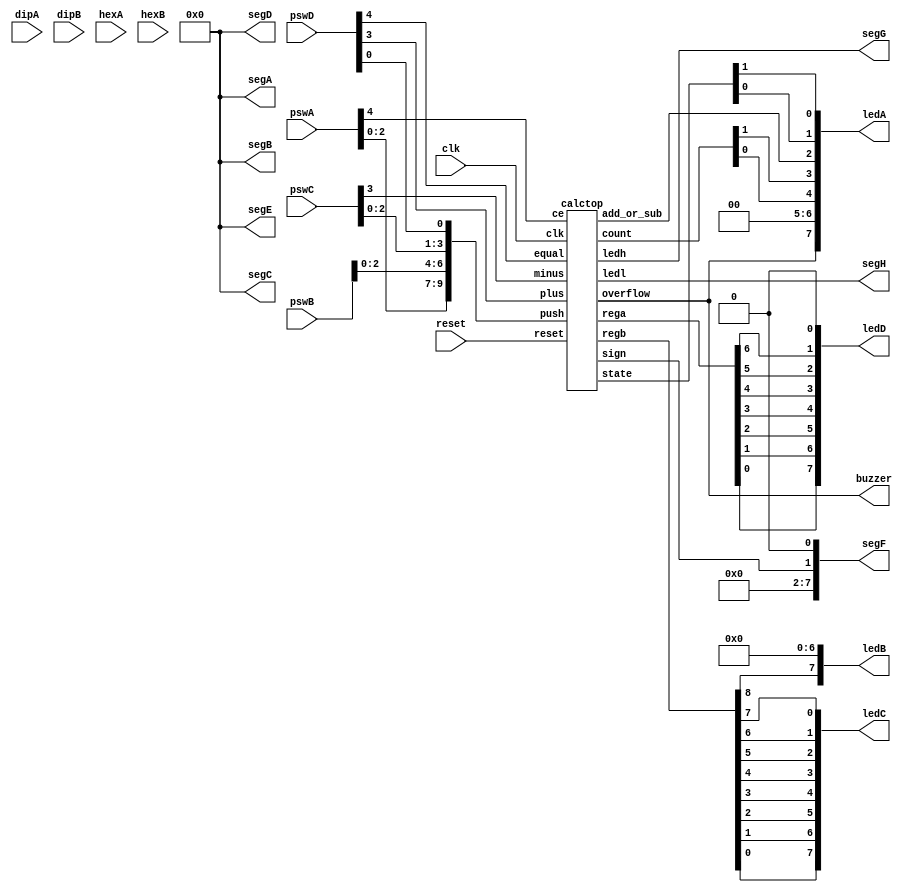
// Project #1: Calculator
// Verilog sample source file for "System LSI design"
//                                                  2017.10  LI GUOCHENG
// 

// AP600: Interface between top_moudule of calculator and FPGA board
module AP600 (clk, reset, pswA, pswB, pswC, pswD, dipA, dipB,
	      hexA, hexB, buzzer, ledA, ledB, ledC, ledD, 
             segA, segB, segC, segD, segE, segF, segG, segH);

  input      clk, reset;             // Clock, Reset
  input[4:0] pswA, pswB, pswC, pswD; // Push Switch
  input[7:0] dipA, dipB;             // DIP Switch
  input[3:0] hexA, hexB;             // Rotary Switch
  output     buzzer;		     // Buzzer
  output[7:0] ledA, ledB, ledC, ledD;// LED
  output[7:0] segA, segB, segC, segD, segE, segF, segG, segH; // 7SEG LED

  wire [7:0] ledh, ledl;
  wire [9:0] push;
  wire overflow, sign, ce, plus, minus, equal;

  // for Debug
  wire [1:0] state;
  wire [8:0] regb;
  wire [6:0] rega;
  wire [1:0] count;
  wire add_or_sub;

  // Input Assignment
  assign push[0] = pswD[0];
  assign push[1] = pswC[0];
  assign push[2] = pswC[1];
  assign push[3] = pswC[2];
  assign push[4] = pswB[0];
  assign push[5] = pswB[1];
  assign push[6] = pswB[2];
  assign push[7] = pswA[0];
  assign push[8] = pswA[1];
  assign push[9] = pswA[2];
  assign plus    = pswD[3];
  assign minus   = pswC[3];
  assign ce      = pswA[4];
  assign equal   = pswD[4];

  // Output Asignment
  assign buzzer = overflow;

  assign ledA = {overflow,2'b00, count[0],count[1], 
                 add_or_sub, state[0], state[1]};
  assign ledB = {regb[8], 7'b0000000};
  assign ledC = {regb[0],regb[1],regb[2],regb[3],
                 regb[4],regb[5],regb[6],regb[7]};
  assign ledD = {rega[0],rega[1],rega[2],rega[3],
                 rega[4],rega[5],rega[6],1'b0};

  assign segA = 8'b00000000;
  assign segB = 8'b00000000;
  assign segC = 8'b00000000;
  assign segD = 8'b00000000;
  assign segE = 8'b00000000;
  assign segF = {6'b000000,sign,1'b0};
  assign segG = ledh;
  assign segH = ledl;

  calctop calctop(clk, reset, push, ce, plus, minus, equal, 
                  sign, ledh, ledl, overflow, state, rega, regb,
                  count, add_or_sub);

endmodule

// Calctop: Calculator top_module
module calctop(clk, reset, push, ce, plus, minus, equal, 
               sign, ledh, ledl, overflow, state, rega, regb,
               count, add_or_sub);
  input plus, minus, equal, ce, reset, clk;
  input [9:0] push;
  output overflow, sign;
  output [7:0] ledh, ledl;

  // for Debug
  output [1:0] state;
  output [8:0] regb;
  output [6:0] rega;
  output [1:0] count;
  output add_or_sub;

  wire plusout, minusout, equalout, ceout;
  wire [9:0] pushout;
  wire [6:0] wout;

  calc calc(pushout, plusout, minusout, equalout, clk, reset, ceout, 
            sign, overflow, wout, state, rega, regb, count, 
            add_or_sub);

  binled binled(wout, ledl, ledh);

  syncro syncroce(ceout, ce, clk, reset);
  syncro syncropuls(plusout, plus, clk, reset);
  syncro syncrominus(minusout, minus, clk, reset);
  syncro syncroequal(equalout, equal, clk, reset);

  syncro10 syncropush(pushout, push, clk, reset) ;

endmodule

`define DECIMAL 0
`define OPE 1
`define HALT 2

// Calc: Calculation main module
module calc(decimal, plus, minus, equal, clk, reset, 
            ce, sign, overflow, out, state, REGA, REGB, count, add_or_sub);
  input [9:0] decimal;
  input clk, ce, reset, plus, minus, equal;
  output sign, overflow;
  output [6:0] out;

  // for Debug
  output [1:0] state;
  output [8:0] REGB;
  output [6:0] REGA;
  output [1:0] count;
  output add_or_sub;

  wire [3:0] d;
  wire [8:0] alu_out;
  reg  [1:0] state;
  reg  [8:0] REGB;
  reg  [6:0] REGA;
  reg  [1:0] count;
  reg        add_or_sub ;

  function [3:0] dectobin;
   input [9:0] in;
    if(in[9])
     dectobin = 9;
    else if(in[8])
     dectobin = 8;
    else if(in[7])
     dectobin = 7;
    else if(in[6])
     dectobin = 6;
    else if(in[5])
     dectobin = 5;
    else if(in[4])
     dectobin = 4;
    else if(in[3])
     dectobin = 3;
    else if(in[2])
     dectobin = 2;
    else if(in[1])
     dectobin = 1;
    else if(in[0])
     dectobin = 0;
   endfunction

  assign d=dectobin(decimal);

  always @(posedge clk or negedge reset)
    begin
     if(!reset)
       begin
         REGA <= 0; REGB <= 0; count <= 0;
         add_or_sub <= 0;
         state<= `DECIMAL;
       end
     else
       begin
        case (state)
         `DECIMAL :
            begin
             if((decimal != 0) && (count < 2))
               begin
                 count <= count + 1;
                 REGA <= REGA * 10 + d;
               end
             else if(ce)
               begin
                 REGA <= 0; 
                 count <= 0;
               end
             else if(plus || minus || equal)
               begin
                 if (add_or_sub==0)
                   REGB <= REGB + REGA;
                 else
                   REGB <= REGB - REGA;
                if (plus)
                   add_or_sub <= 0;
                else if(minus)
                   add_or_sub <= 1;
                state <= `OPE;
               end
            end
         `OPE:
            if (((REGB [8] ==1)&&(REGB<413))
                || ((REGB[8]==0)&&(REGB>99)))
               state<=`HALT;
            else if(decimal) begin
                REGA <= d; 
                count <= 1;
                state <= `DECIMAL;
               end

         `HALT:
            if(ce) begin
                REGA <= 0; 
                REGB <= 0;
                add_or_sub <= 0; 
                count <= 0;
                state <= `DECIMAL;
               end
         endcase
       end
    end

  assign overflow=(state==`HALT)?1:0;
  assign sign=(state==`DECIMAL)?0: ((state==`OPE)?(REGB[8]) :0);
  assign out=out_func (state, REGA, REGB);

  function [6:0] out_func;
    input [1:0] s; input [6:0] a; input [8:0] b;
    case(s)
      `DECIMAL :
        out_func = a;

      `OPE :
        if(b[8]==1)
          out_func = ~b + 1;
        else
          out_func = b;
    endcase
  endfunction

endmodule

// Syncronous: Asyncronous to Syncronous (1 bit width)
module syncro(out, in, clk, reset);
  parameter WIDTH = 1;
  input    [WIDTH-1:0] in;
  output   [WIDTH-1:0] out;
  input     clk,reset;
  reg      [WIDTH-1:0] qO,q1,q2;

  always @(posedge clk or negedge reset)
   begin
    if(!reset)
     begin
       qO <= 0;
       q1 <= 0;
       q2 <= 0;
     end
    else
     begin
       qO <= ~in;
       q1 <= qO;
       q2 <= q1;
     end
   end
  assign out=q1 & (~q2) ;
endmodule

// Syncronous: Asyncronous to Syncronous (10 bit width)
module syncro10(out, in, clk, reset) ;
  parameter WIDTH = 10;
  input    [WIDTH-1:0] in;
  output   [WIDTH-1:0] out;
  input    clk,reset;
  reg      [WIDTH-1:0] qO,q1,q2;

  always @(posedge clk or negedge reset)
   begin
    if(!reset)
     begin
       qO <= 0;
       q1 <= 0;
       q2 <= 0;
     end
    else
     begin
       qO <= ~in;
       q1 <= qO;
       q2 <= q1;
     end
   end
  assign out=q1 & (~q2);
endmodule

// Binled: Code translation
module binled(in, ledl, ledh);
  input [6:0] in;
  output [7:0] ledl, ledh;
  wire [3:0] wireh, wirel;

  bintobcd bintobcd(in,wirel,wireh);
  ledout ledouthigh(wireh, ledh);
  ledout ledoutlow(wirel, ledl);
endmodule

// Bintobcd: Translation from Binary to BCD format
module bintobcd(in,outl,outh);
  input [6:0] in;
  output [3:0] outl,outh;
  wire [6:0] temp1,temp2,temp3;

  assign outh[3] = (in >= 80)    ? 1            : 0;
  assign temp1   = (in >= 80)    ? in - 80      : in;
  assign outh[2] = (temp1 >= 40) ? 1            : 0;
  assign temp2   = (temp1 >= 40) ? temp1 - 40   : temp1;
  assign outh[1] = (temp2 >= 20) ? 1            : 0;
  assign temp3   = (temp2 >= 20) ? temp2 - 20   : temp2;
  assign outh[0] = (temp3 >= 10) ? 1            : 0;
  assign outl    = (temp3 >= 10) ? temp3 - 10   : temp3;
endmodule

// Ledout: translation from BCD to LED-out format
module ledout(in, out);
  input  [3:0] in;
  output [7:0] out;
  reg [7:0] out ;
 
  always @(in)
   begin
     case(in)
        0: out = 8'b11111100;
        1: out = 8'b01100000;
        2: out = 8'b11011010;
        3: out = 8'b11110010;
        4: out = 8'b01100110;
        5: out = 8'b10110110;
        6: out = 8'b10111110;
        7: out = 8'b11100000;
        8: out = 8'b11111110;
        9: out = 8'b11110110;
        default: out = 8'bXXXXXXXX;
      endcase
   end
endmodule